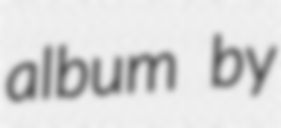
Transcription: album by